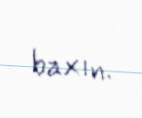
baxın.